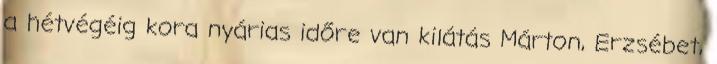
a hétvégéig kora nyárias időre van kilátás Márton, Erzsébet,